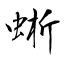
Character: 蜥